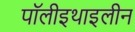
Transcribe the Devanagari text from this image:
पॉलीइथाइलीन